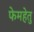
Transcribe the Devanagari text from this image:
फेमहेतु